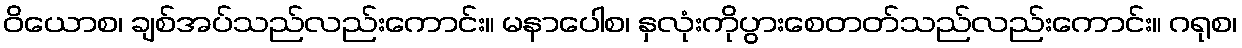
ဝိယောစ၊ ချစ်အပ်သည်လည်းကောင်း။ မနာပေါစ၊ နှလုံးကိုပွားစေတတ်သည်လည်းကောင်း။ ဂရုစ၊